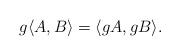
LaTeX: \begin{align*}g\langle A,B\rangle=\langle gA, gB\rangle.\end{align*}